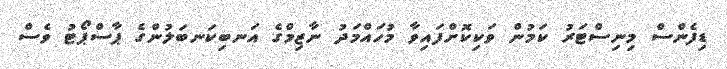
ޑިފެންސް މިނިސްޓަރު ކަމުން ވަކިކޮށްފައިވާ މުހައްމަދު ނާޒިމްގެ އަނބިކަނބަލުންގެ ޕާސްޕޯޓު ވެސް